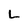
Character: L